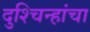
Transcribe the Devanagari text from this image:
दुश्चिन्हांचा